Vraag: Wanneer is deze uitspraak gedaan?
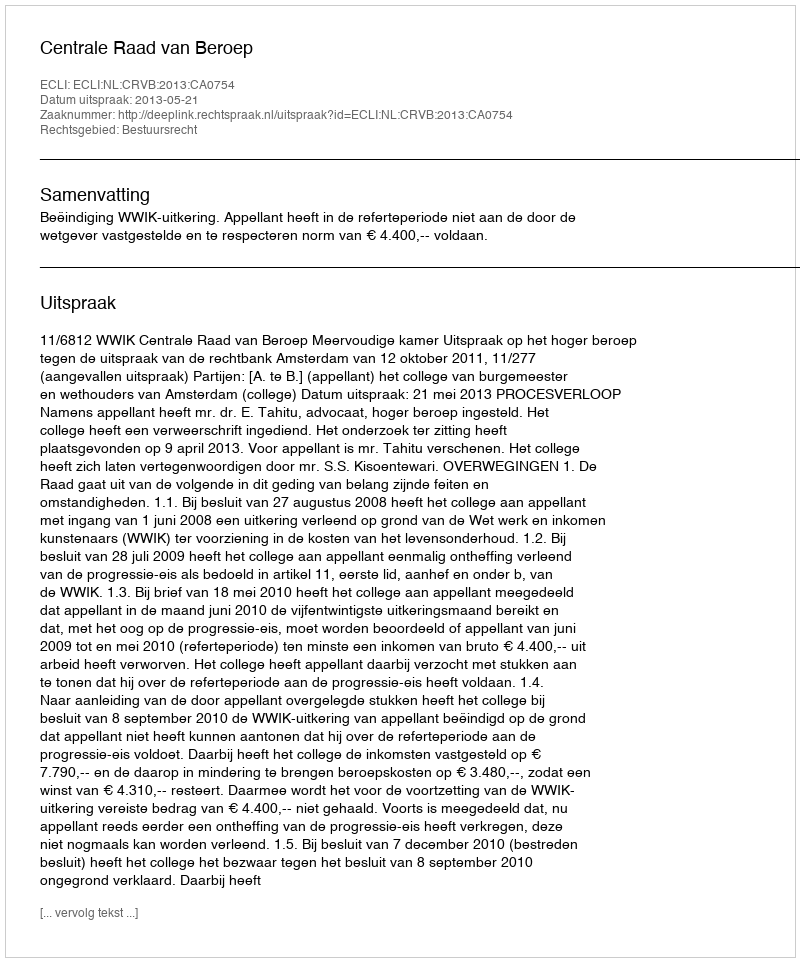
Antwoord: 2013-05-21